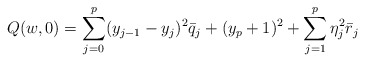
\begin{align*}Q(w, 0)=\sum_{j=0}^p(y_{j-1}-y_j)^2{\bar q}_j+(y_p+1)^2+\sum_{j=1}^p\eta^2_j{\bar r}_j\end{align*}